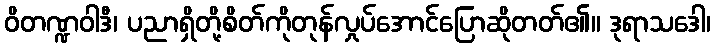
ဝိတဏ္ဍဝါဒီ၊ ပညာရှိတို့စိတ်ကိုတုန်လှုပ်အောင်ပြောဆိုတတ်၏။ ဒုရာသဒေါ၊